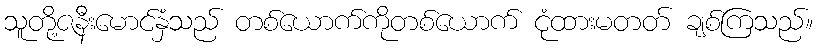
သူတို့ဇနီးမောင်နှံသည် တစ်ယောက်ကိုတစ်ယောက် ငုံထားမတတ် ချစ်ကြသည်။